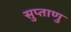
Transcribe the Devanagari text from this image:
सुप्ताणु